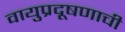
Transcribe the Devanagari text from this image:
वायुप्रदूषणाची